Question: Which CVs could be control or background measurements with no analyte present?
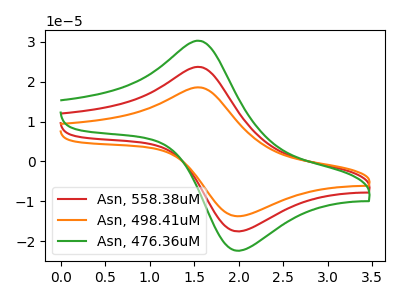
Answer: <think>The red curve "Asn, 558.38uM" has an anodic peak at (1.55V, 23.75uA) and a cathodic peak at (2.05V, -17.50uA). The orange curve "Asn, 498.41uM" has an anodic peak at (1.55V, 47.45uA) and a cathodic peak at (2.05V, -35.00uA). The green curve "Asn, 476.36uM" has an anodic peak at (1.55V, 30.30uA) and a cathodic peak at (2.05V, -22.35uA).</think>
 <answer>There are not any CV's on this graph that are likely to be blanks.</answer>
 <eval>none</eval>